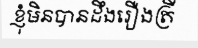
ខ្ញុំមិនបានដឹងរឿងត្រី